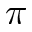
{ \pi }